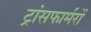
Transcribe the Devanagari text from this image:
ट्रांसफार्मरों